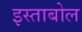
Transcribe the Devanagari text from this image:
इस्ताबोल